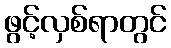
ဖွင့်လှစ်ရာတွင်